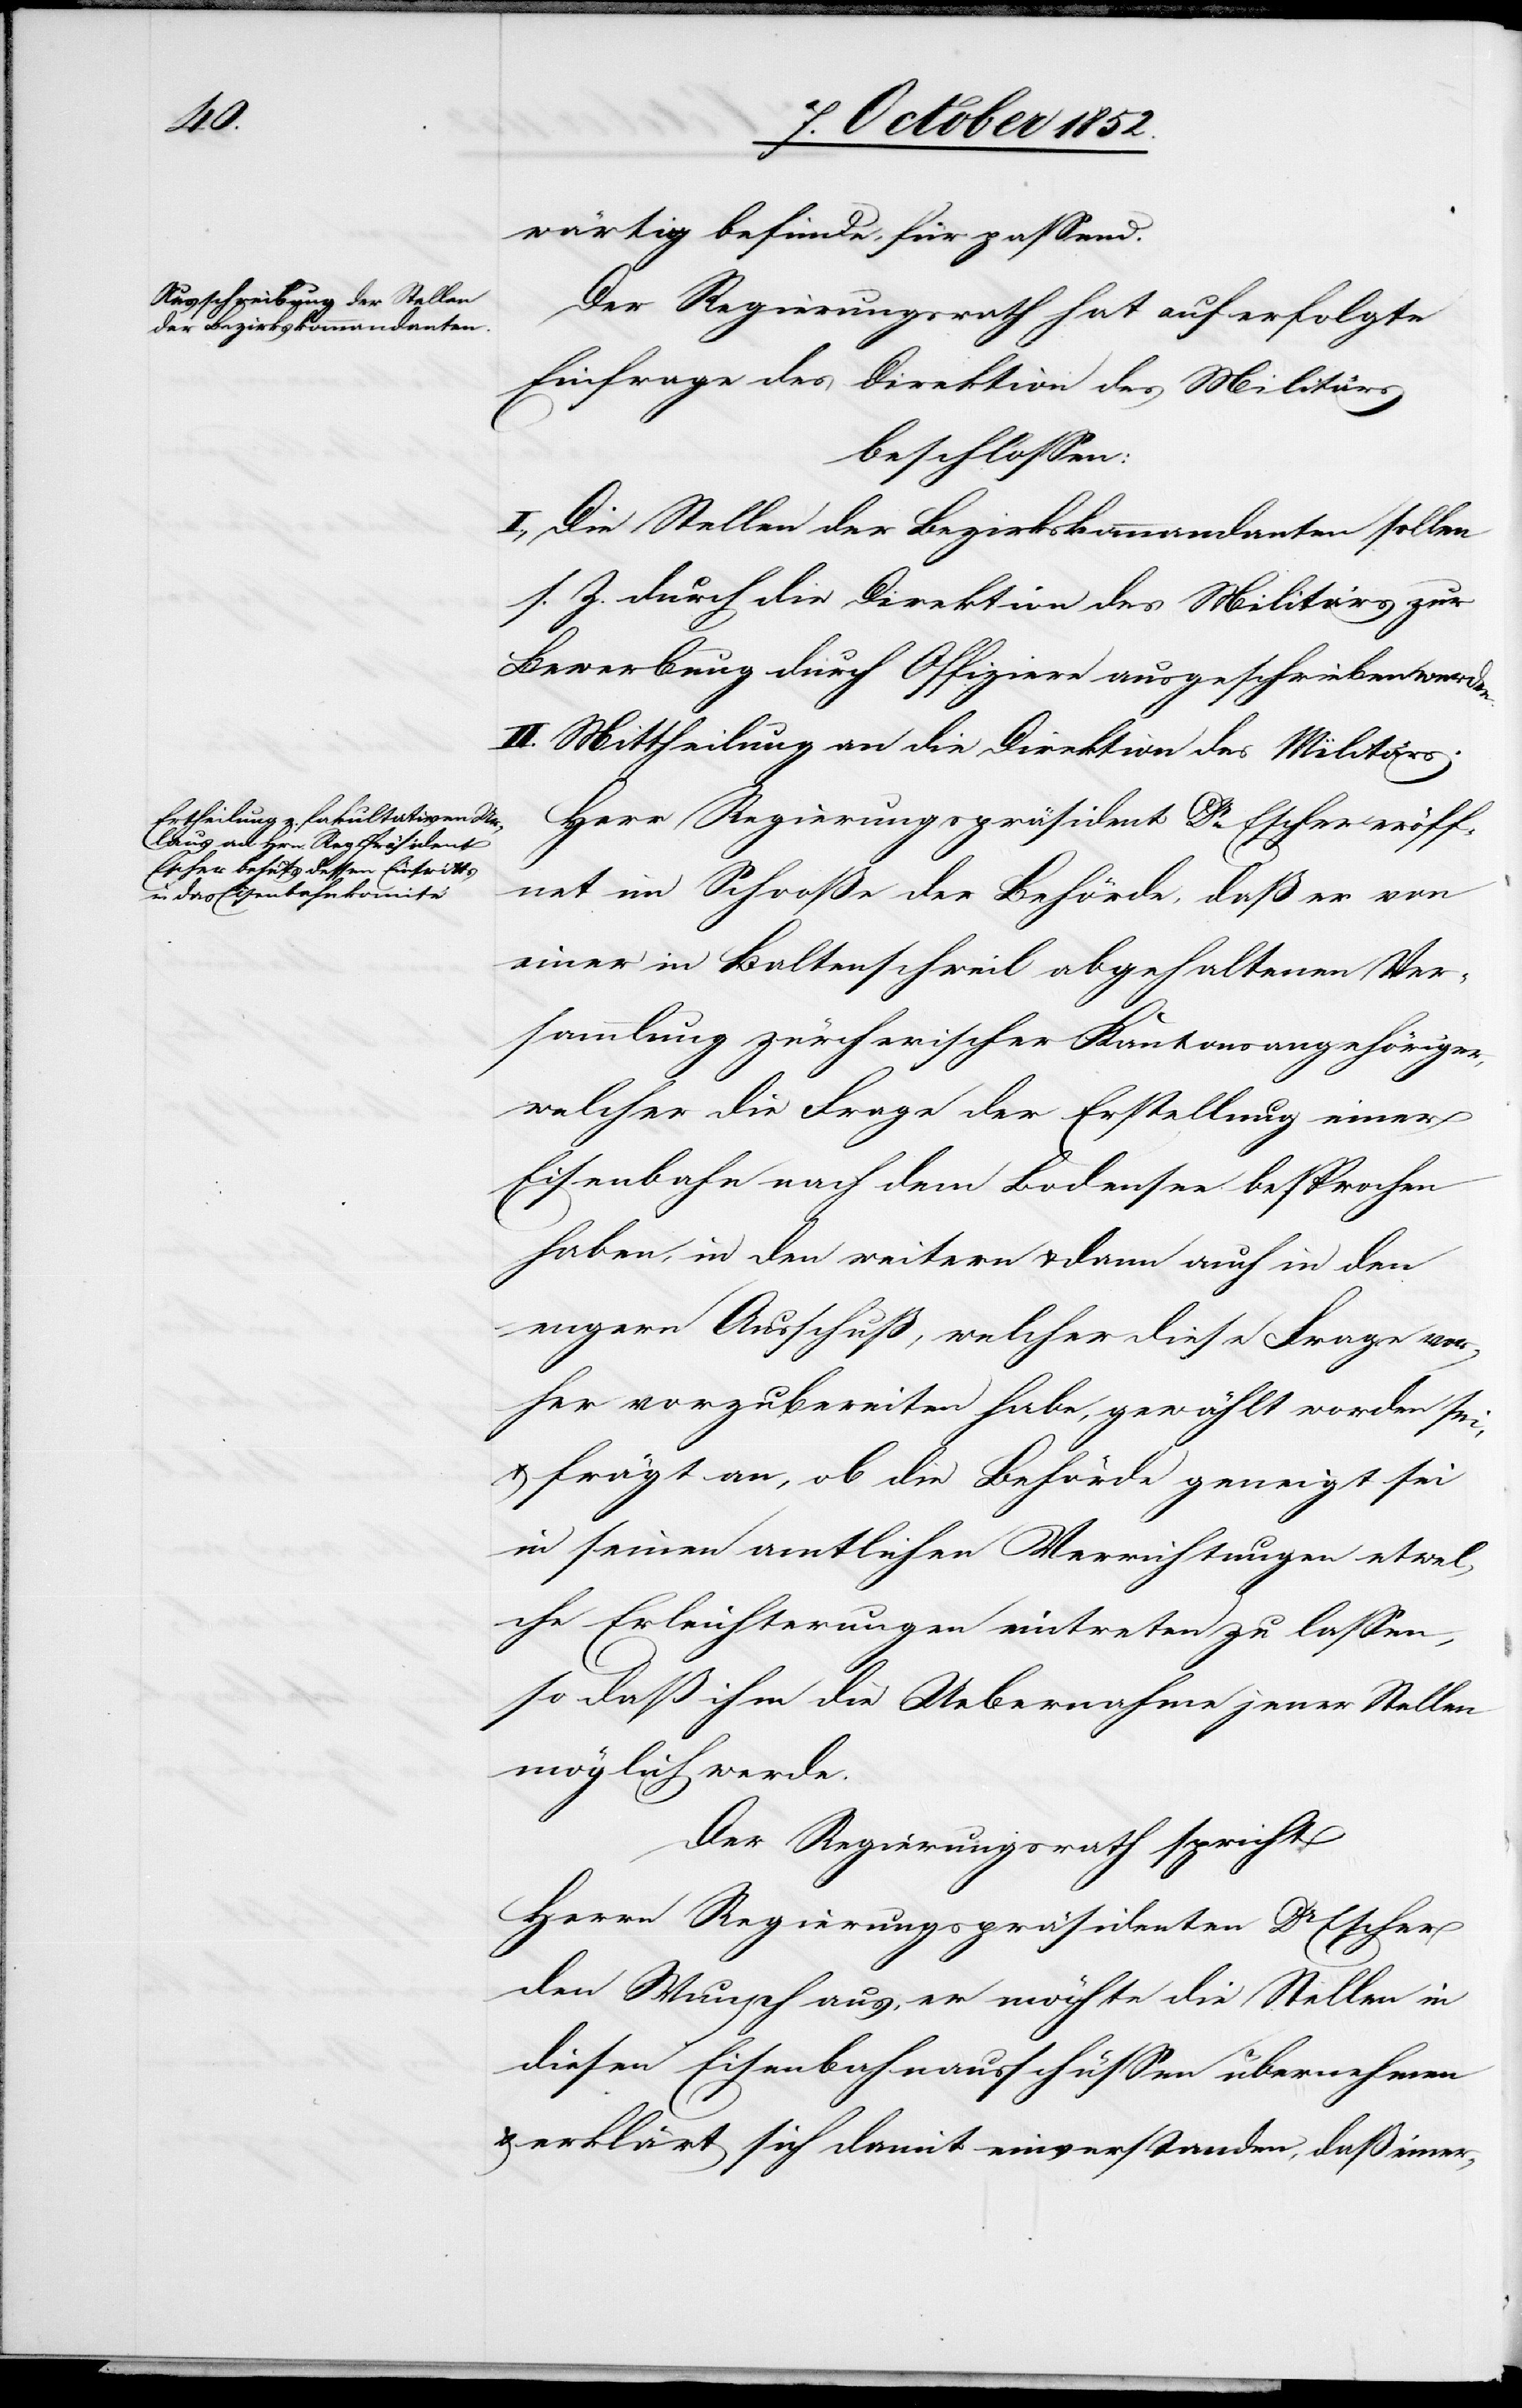
wärtig befinde, für passend.
Der Regierungsrath hat auf erfolgte
Einfrage des [sic!] Direktion des Militärs
beschlossen:
I., Die Stellen der Bezirkskommandanten sollen
s. Z. durch die Direktion des Militärs zur
Bewerbung durch Offiziere ausgeschrieben werden.
II. Mittheilung an die Direktion des Militärs.
Herr Regierungspräsident Dr. Escher eröff¬
net im Schooße der Behörde, daß er von
einer in Baltenschweil abgehaltenen Ver¬
sammlung zürcherischer Kantonsangehöriger,
[sic!] die Frage der Erstellung einer
Eisenbahn nach dem Bodensee besprochen
haben, in den weitern & dann auch in den
engern Ausschuß, welcher diese Frage vor¬
her vorzubereiten habe, gewählt worden sei,
& frägt an, ob die Behörde geneigt sei
in seinen amtlichen Verrichtungen etwel¬
che Erleichterungen eintreten zu lassen,
so daß ihm die Uebernahme jener Stellen
möglich werde.
Der Regierungsrath spricht
Herrn Regierungspräsidenten Dr Escher
den Wunsch aus, er möchte die Stellen in
diesen Eisenbahnausschüssen übernehmen
& erklärt sich damit einverstanden, daß einer-